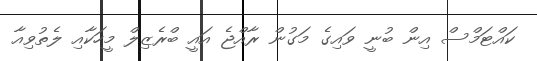
ކައްޓަމްސް އިން ބުނީ ވައިގެ މަގުން ރާއްޖެ އައީ ބްރެޒިލް މީހަކާއި ލެތުވިއާ